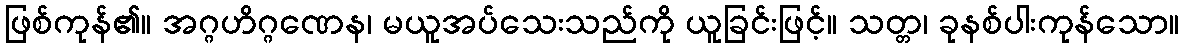
ဖြစ်ကုန်၏။ အဂ္ဂဟိဂ္ဂဏေန၊ မယူအပ်သေးသည်ကို ယူခြင်းဖြင့်။ သတ္တ၊ ခုနစ်ပါးကုန်သော။